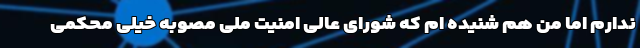
ندارم اما من هم شنیده ام که شورای عالی امنیت ملی مصوبه خیلی محکمی